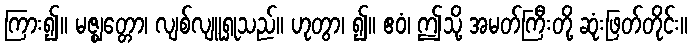
ကြား၍။ မဇ္ဈတ္တော၊ လျစ်လျူရှုသည်။ ဟုတွာ၊ ၍။ ဧဝံ၊ ဤသို့ အမတ်ကြီးတို့ ဆုံးဖြတ်တိုင်း။